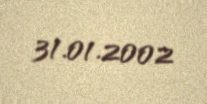
31.01.2002